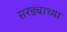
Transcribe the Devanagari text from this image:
सरड्याच्या